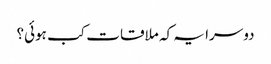
دوسرا یہ کہ ملاقات کب ہوئی؟